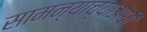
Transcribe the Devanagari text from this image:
सामन्याच्याआधी